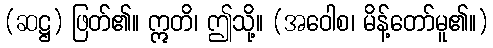
(ဆဋ္ဌ) ဖြတ်၏။ ဣတိ၊ ဤသို့။ (အဝေါစ၊ မိန့်တော်မူ၏။)